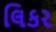
લિકર